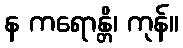
န ကရောန္တိ၊ ကုန်။